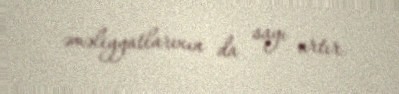
əməliyyatlarının da sayı artır.